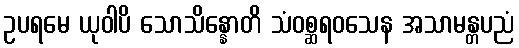
ဥပရမေ ယုဝါပိ သောသိန္နောတိ သံဝစ္ဆရဝသေန အသာမန္တပညံ